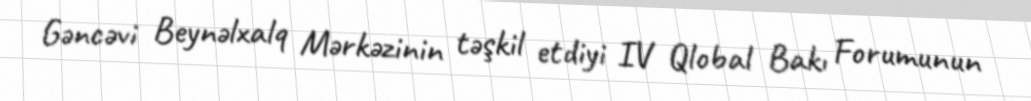
Gəncəvi Beynəlxalq Mərkəzinin təşkil etdiyi IV Qlobal Bakı Forumunun